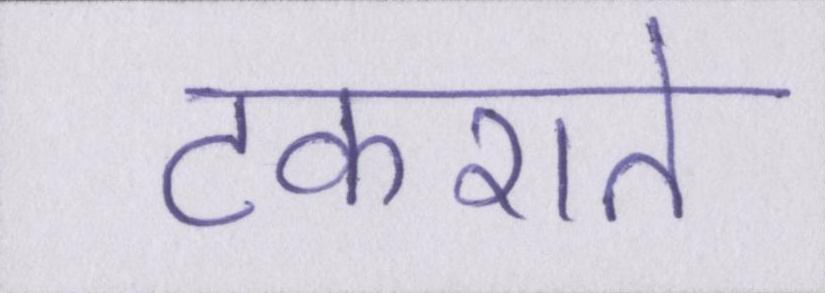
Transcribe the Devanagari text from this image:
टकराते